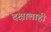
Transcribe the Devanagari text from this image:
दक्षालाही